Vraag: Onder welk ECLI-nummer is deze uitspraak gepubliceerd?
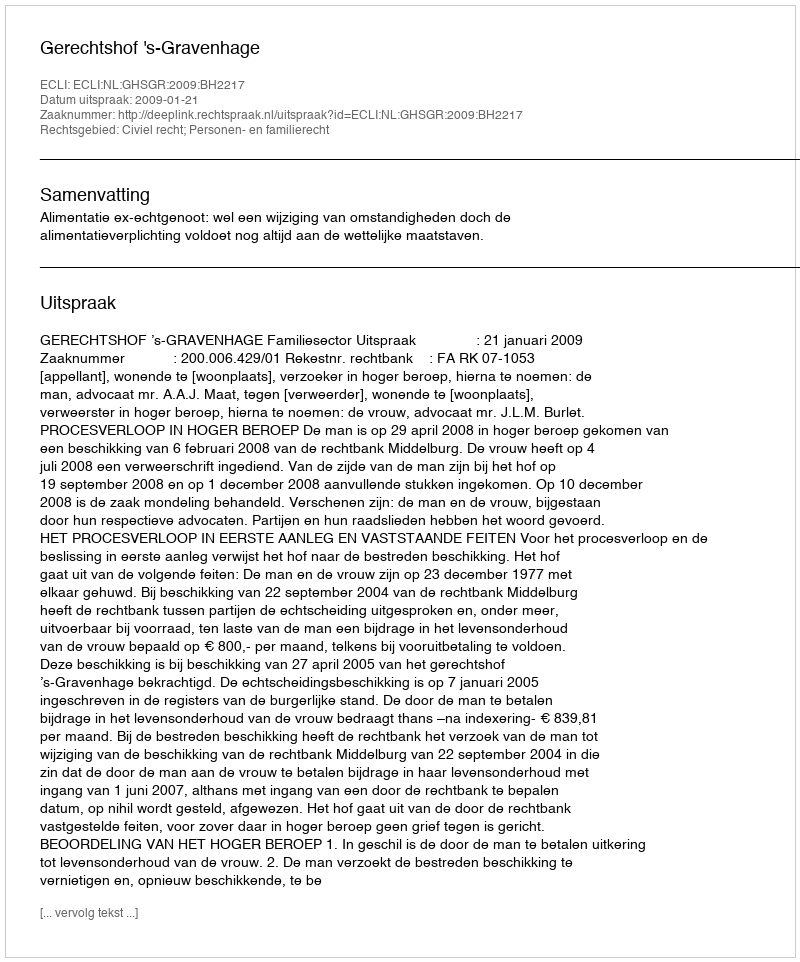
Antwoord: ECLI:NL:GHSGR:2009:BH2217